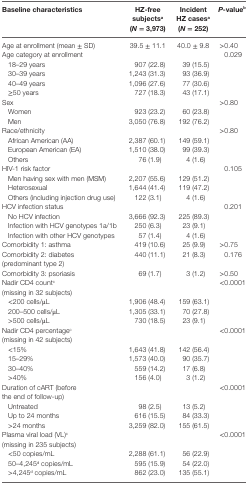
<table><thead><tr><td><b>Baseline characteristics</b></td><td><b>HZ-free subjects<sup>a</sup> (<i>N</i> = 3,973)</b></td><td><b>Incident HZ cases<sup>a</sup> (<i>N</i> = 252)</b></td><td><b><i>P</i>-value<sup>b</sup></b></td></tr></thead><tbody><tr><td>Age at enrollment (mean ± SD)</td><td>39.5 ± 11.1</td><td>40.0 ± 9.8</td><td>&gt;0.40</td></tr><tr><td>Age category at enrollment</td><td></td><td></td><td>0.029</td></tr><tr><td> 18–29 years</td><td>907 (22.8)</td><td>39 (15.5)</td><td></td></tr><tr><td> 30–39 years</td><td>1,243 (31.3)</td><td>93 (36.9)</td><td></td></tr><tr><td> 40–49 years</td><td>1,096 (27.6)</td><td>77 (30.6)</td><td></td></tr><tr><td> ≥50 years</td><td>727 (18.3)</td><td>43 (17.1)</td><td></td></tr><tr><td>Sex</td><td></td><td></td><td>&gt;0.80</td></tr><tr><td> Women</td><td>923 (23.2)</td><td>60 (23.8)</td><td></td></tr><tr><td> Men</td><td>3,050 (76.8)</td><td>192 (76.2)</td><td></td></tr><tr><td>Race/ethnicity</td><td></td><td></td><td>&gt;0.80</td></tr><tr><td> African American (AA)</td><td>2,387 (60.1)</td><td>149 (59.1)</td><td></td></tr><tr><td> European American (EA)</td><td>1,510 (38.0)</td><td>99 (39.3)</td><td></td></tr><tr><td> Others</td><td>76 (1.9)</td><td>4 (1.6)</td><td></td></tr><tr><td>HIV-1 risk factor</td><td></td><td></td><td>0.105</td></tr><tr><td> Men having sex with men (MSM)</td><td>2,207 (55.6)</td><td>129 (51.2)</td><td></td></tr><tr><td> Heterosexual</td><td>1,644 (41.4)</td><td>119 (47.2)</td><td></td></tr><tr><td> Others (including injection drug use)</td><td>122 (3.1)</td><td>4 (1.6)</td><td></td></tr><tr><td>HCV infection status</td><td></td><td></td><td>0.201</td></tr><tr><td> No HCV infection</td><td>3,666 (92.3)</td><td>225 (89.3)</td><td></td></tr><tr><td> Infection with HCV genotypes 1a/1b</td><td>250 (6.3)</td><td>23 (9.1)</td><td></td></tr><tr><td> Infection with other HCV genotypes</td><td>57 (1.4)</td><td>4 (1.6)</td><td></td></tr><tr><td>Comorbidity 1: asthma</td><td>419 (10.6)</td><td>25 (9.9)</td><td>&gt;0.75</td></tr><tr><td>Comorbidity 2: diabetes (predominant type 2)</td><td>440 (11.1)</td><td>21 (8.3)</td><td>0.176</td></tr><tr><td>Comorbidity 3: psoriasis</td><td>69 (1.7)</td><td>3 (1.2)</td><td>&gt;0.50</td></tr><tr><td>Nadir CD4 count<sup>c</sup> (missing in 32 subjects)</td><td></td><td></td><td>&lt;0.0001</td></tr><tr><td> &lt;200 cells/μL</td><td>1,906 (48.4)</td><td>159 (63.1)</td><td></td></tr><tr><td> 200–500 cells/μL</td><td>1,305 (33.1)</td><td>70 (27.8)</td><td></td></tr><tr><td> &gt;500 cells/μL</td><td>730 (18.5)</td><td>23 (9.1)</td><td></td></tr><tr><td>Nadir CD4 percentage<sup>c</sup> (missing in 42 subjects)</td><td></td><td></td><td>&lt;0.0001</td></tr><tr><td> &lt;15%</td><td>1,643 (41.8)</td><td>142 (56.4)</td><td></td></tr><tr><td> 15–29%</td><td>1,573 (40.0)</td><td>90 (35.7)</td><td></td></tr><tr><td> 30–40%</td><td>559 (14.2)</td><td>17 (6.8)</td><td></td></tr><tr><td> &gt;40%</td><td>156 (4.0)</td><td>3 (1.2)</td><td></td></tr><tr><td>Duration of cART (before the end of follow-up)</td><td></td><td></td><td>&lt;0.0001</td></tr><tr><td> Untreated</td><td>98 (2.5)</td><td>13 (5.2)</td><td></td></tr><tr><td> Up to 24 months</td><td>616 (15.5)</td><td>84 (33.3)</td><td></td></tr><tr><td> &gt;24 months</td><td>3,259 (82.0)</td><td>155 (61.5)</td><td></td></tr><tr><td>Plasma viral load (VL)<sup>c</sup> (missing in 235 subjects)</td><td></td><td></td><td>&lt;0.0001</td></tr><tr><td> &lt;50 copies/mL</td><td>2,288 (61.1)</td><td>56 (22.9)</td><td></td></tr><tr><td> 50–4,245<sup>d</sup> copies/mL</td><td>595 (15.9)</td><td>54 (22.0)</td><td></td></tr><tr><td> &gt;4,245<sup>d</sup> copies/mL</td><td>862 (23.0)</td><td>135 (55.1)</td><td></td></tr></tbody></table>